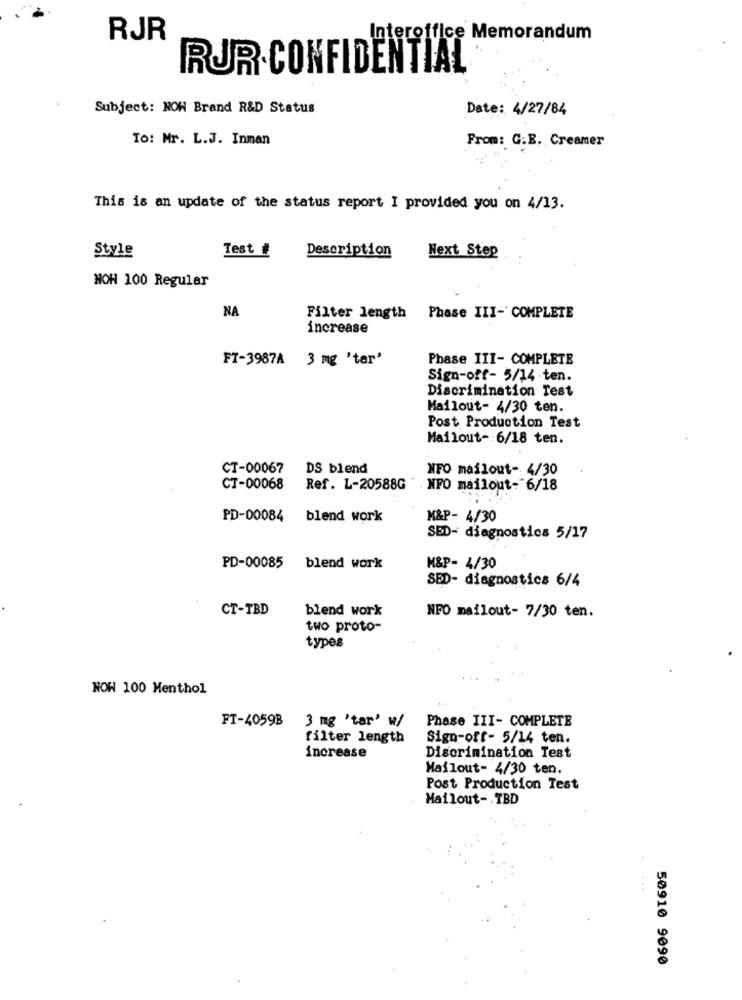
RJR
Interoffice Memorandum
RUR CONFIDENTIAL
Subject: NOW Brand R&D Status
Date: 4/27/84
To: Mr. L.J. Inman
From: G.B. Creamer
This is an update of the status report I provided you on 4/13.
Style
Test #
Description
Next Step
NON 100 Regular
NA
Filter length Phase III- COMPLETE
increase
FT-3987A 3 mg 'ter'
Phase III- COMPLETE
Sign-off- 5/14 ten.
Discrimination Test
Mailout- 4/30 ten.
Post Production Test
Mailout- 6/18 ten.
CT-00067
DS blend
NFO mailout- 4/30
CT-00068
Ref. L-20588G NFO mailout- 6/18
PD-00084 blend work
M&P- 4/30
SED- diagnostics 5/17
PD-00085 blend work
M&P- 4/30
SED- diagnostics 6/4
CT-TBD
blend work
NFO mailout- 7/30 ten.
two proto-
types
NOW 100 Menthol
FT-4059B
3 mg 'tar' w/
Phase III- COMPLETE
filter length
Sign-off- 5/14 ten.
increase
Discrimination Test
Mailout- 4/30 ten.
Post Production Test
Mailout- . TBD
50910 9090